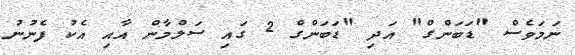
ނަމަވެސް "ޑަބަންގް" އަދި "ޑަބަންގް 2 ގައި ސަލްމާން އާއި އެކު ފެނުނު